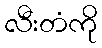
လီးတံကို